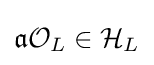
{\mathfrak {a}}{\mathcal {O}}_{L}\in {\mathcal {H}}_{L}